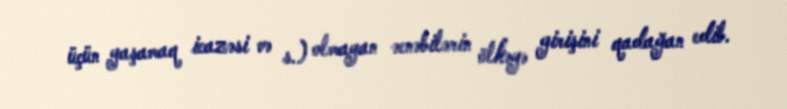
üçün yaşamaq icazəsi və s.) olmayan əcnəbilərin ölkəyə girişini qadağan edib.